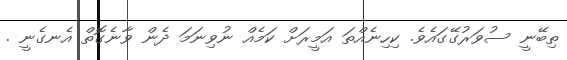
ތިބޭނީ ސުވަރުގޭގައެވެ. ކިހިނެއްތަ އަމީރަށް ކަމެއް ނުވިނަމަ ދެން ވާނެގޮތް އެނގެނީ .